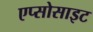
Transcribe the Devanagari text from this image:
एप्सोसाइट